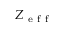
Z _ { \mathrm { ~ e ~ f ~ f ~ } }